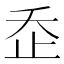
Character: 𣥚